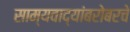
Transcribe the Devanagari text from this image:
साम्यवाद्यांबरोबरचे